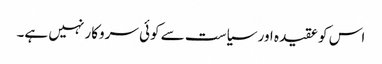
اس کو عقیدہ اور سیاست سے کوئی سروکار نہیں ہے۔